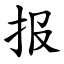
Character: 报